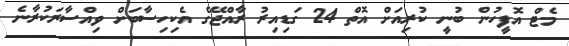
މެޓް އޮފީހުން ބުނީ ކުރިއަށް އޮތް 24 ގަޑިއިރު ރާއްޖޭގެ އެކިހިސާބަށް ވިއްސާރަކުރާނެ